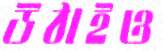
উঠাইও